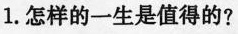
1.怎样的一生是值得的？